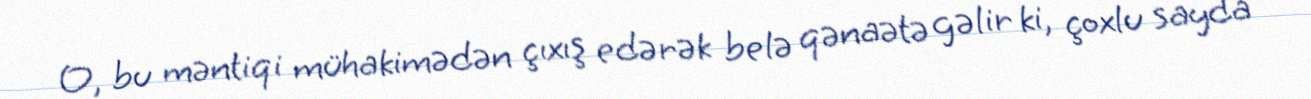
O, bu məntiqi mühakimədən çıxış edərək belə qənaətə gəlir ki, çoxlu sayda